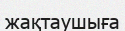
жақтаушыға